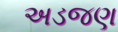
અડજણ